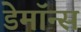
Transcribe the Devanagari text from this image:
डेमॉन्स